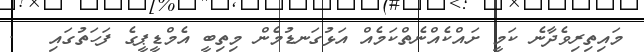
މަައިތިރިވެދާނެ ކަމީ ށައްކެއްނެތްކަމެއް އަޅުގަނޑުމެން މިތިބީ އެމްޑީޕީގެ ފަހަތުގައި   .